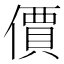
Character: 價